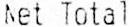
NET TOTAL